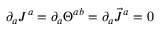
\partial _ { a } J ^ { a } = \partial _ { a } \Theta ^ { a b } = \partial _ { a } \vec { J } ^ { a } = 0